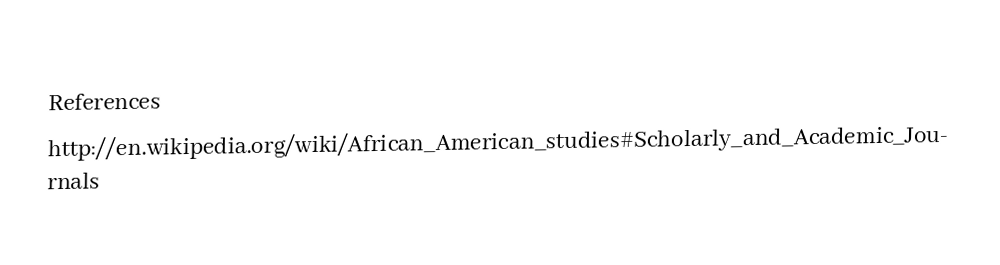

References
http://en.wikipedia.org/wiki/African_American_studies#Scholarly_and_Academic_Journals